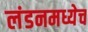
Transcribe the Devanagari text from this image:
लंडनमध्येच